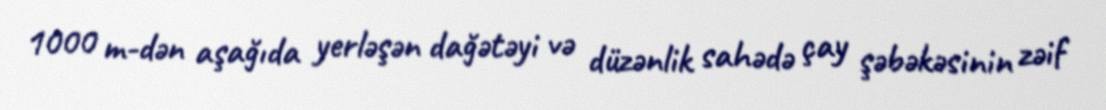
1000 m-dən aşağıda yerləşən dağətəyi və düzənlik sahədə çay şəbəkəsinin zəif